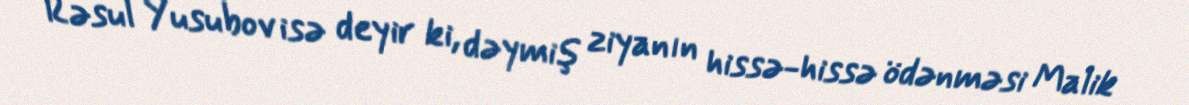
Rəsul Yusubov isə deyir ki, dəymiş ziyanın hissə-hissə ödənməsi Malik